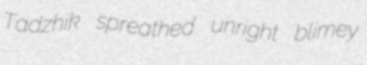
Tadzhik spreathed unright blimey